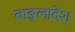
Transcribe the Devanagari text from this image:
बाङ्लादेश्